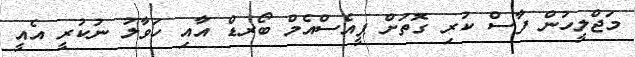
މަޖްލީހުން ފާސް ކުރި ގޮތަށް ޕީއެސްއެމް ބޯރޑް އާއި ހަވާލު ނުކުރީ އެއީ